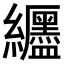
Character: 𫄖